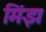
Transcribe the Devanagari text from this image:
मिंझ